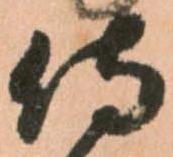
侍